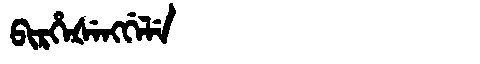
Manchu: ᠪᡳᡵᡥᡝᡧᡝᠩᡤᡝᠯᡝ
Romanization: BIRHEŠENGGELE